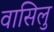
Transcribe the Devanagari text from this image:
वासिलु